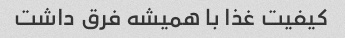
کیفیت غذا با همیشه فرق داشت